Report on the cholera epidemic of
Year: 1868
Disease focus: Cholera
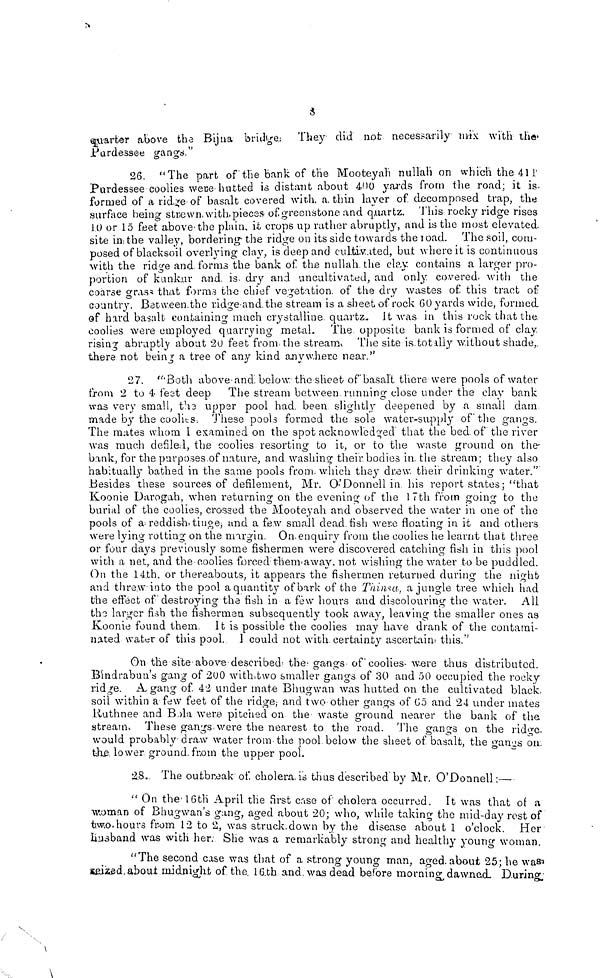
8
quarter above the Bijna bridges They did not necessarily mix with the
Purdessee gangs."
26. "The part of the bank of the Mooteyah nullah on which the 411
Purdessee coolies were hutted is distant about 400 yards from the road; it is-
formed of a ridge of basalt covered with a thin layer of decomposed trap, the
surface being strewn with, pieces of greenstone and quartz. This rocky ridge rises
10 or 15 feet above the plain, it crops up rather abruptly, and is the most elevated
site in: the valley, bordering the ridge on its side towards the load. The soil, com-
posed of blacksoil overlying clay, is deep and cultivated, but where it is continuous
with the ridge and forms the bank of the nullah, the clay contains a larger pro-
portion of kunkur and, is dry and uncultivated, and only covered, with the
coarse gras that forms the chief vegetation, of the dry wastes of this tract of
country. Between.the ridge and the stream is a sheet of rock 60 yards wide, formed
of hard basalt containing much crystalline quartz. It was in this rock that the
coolies were employed quarrying metal. The opposite bank is formed of clay
rising abruptly about 20 feet from the stream. The site is totally without shade,
there not being a tree of any kind anywhere near."
27. "Both above and below, the sheet of basalt there were pools of water
from 2 to 4 feet deep The stream between running close under the clay bank
was very small, the upper pool had. been slightly deepened by a small dam
made by the coolies. These pools formed the sole water-supply of the gangs.
The mates whom I examined on the spot acknowledged that the bed of the river
was much defilal, the coolies resorting to it, or to the waste ground on the-
bank, for the purposes of nature, and washing their, bodies in the stream; they also
habitually bathed in the same pools from, which they drew their drinking water."
Besides these sources of defilement, Mr. O'Donnell in his report states ; "that
Koonie Darogah, when returning on the evening of the 17th from going to the
burial of the coolies, crossed the Mooteyah and observed the water in one of the
pools of a reddish, tinge; and a few small dead, fish were floating in it and others
were lying rotting on the margin. On enquiry from the coolies he learnt that three
or four days previously some fishermen were discovered catching fish in this pool
with a net, and the coolies forced them away, not wishing the water to be puddled.
On the 14th, or thereabouts, it appears the fishermen returned during the night
and threw into the pool a quantity of bark of the Tilinsa, a jungle tree which had
the effect of destroying the fish in a few hours and discolouring the water. All
the larger fish the fishermen subsequently took away, leaving the smaller ones as
Koonie found them. It is possible the coolies may have drank of the contami-
nated water of this pool. I could not with certainty ascertain this."
On the site above described the gangs of coolies were thus distributed.
Bindrabun's gang of 200 with two smaller gangs of 30 and 50 occupied the rocky
ridge. Abgang of, 42 under mate Bhugwan was hutted on the cultivated black.
soil within a few feet of the ridge; and two other gangs of 65 and 24 under mates
Ruthnee and Bola were pitched on the waste ground nearer the bank of the
stream. These gangs were the nearest to the road. The gangs on the ridge
would probably draw water from the pool below the sheet of basalt, the gangs on
the lower ground from the upper pool.
28. The outbreak of cholera is thus described by Mr. O'Donnell :—
" On the 16th April the first case of cholera occurred. It was that oí a
woman of Bhugwan's gang, aged about 20; who, while taking the mid-day rest of
two hours from 12 to 2, was struck down by the disease about 1 o'clock. Her
husband was with her. She was a remarkably strong and healthy youno woman.
" The second case was that of a strong young man, aged about 25; he was
seized about midnight of the 16th and was dead before morning dawnad. During